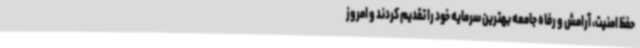
حفظ امنیت، آرامش و رفاه جامعه بهترین سرمایه خود را تقدیم کردند و امروز